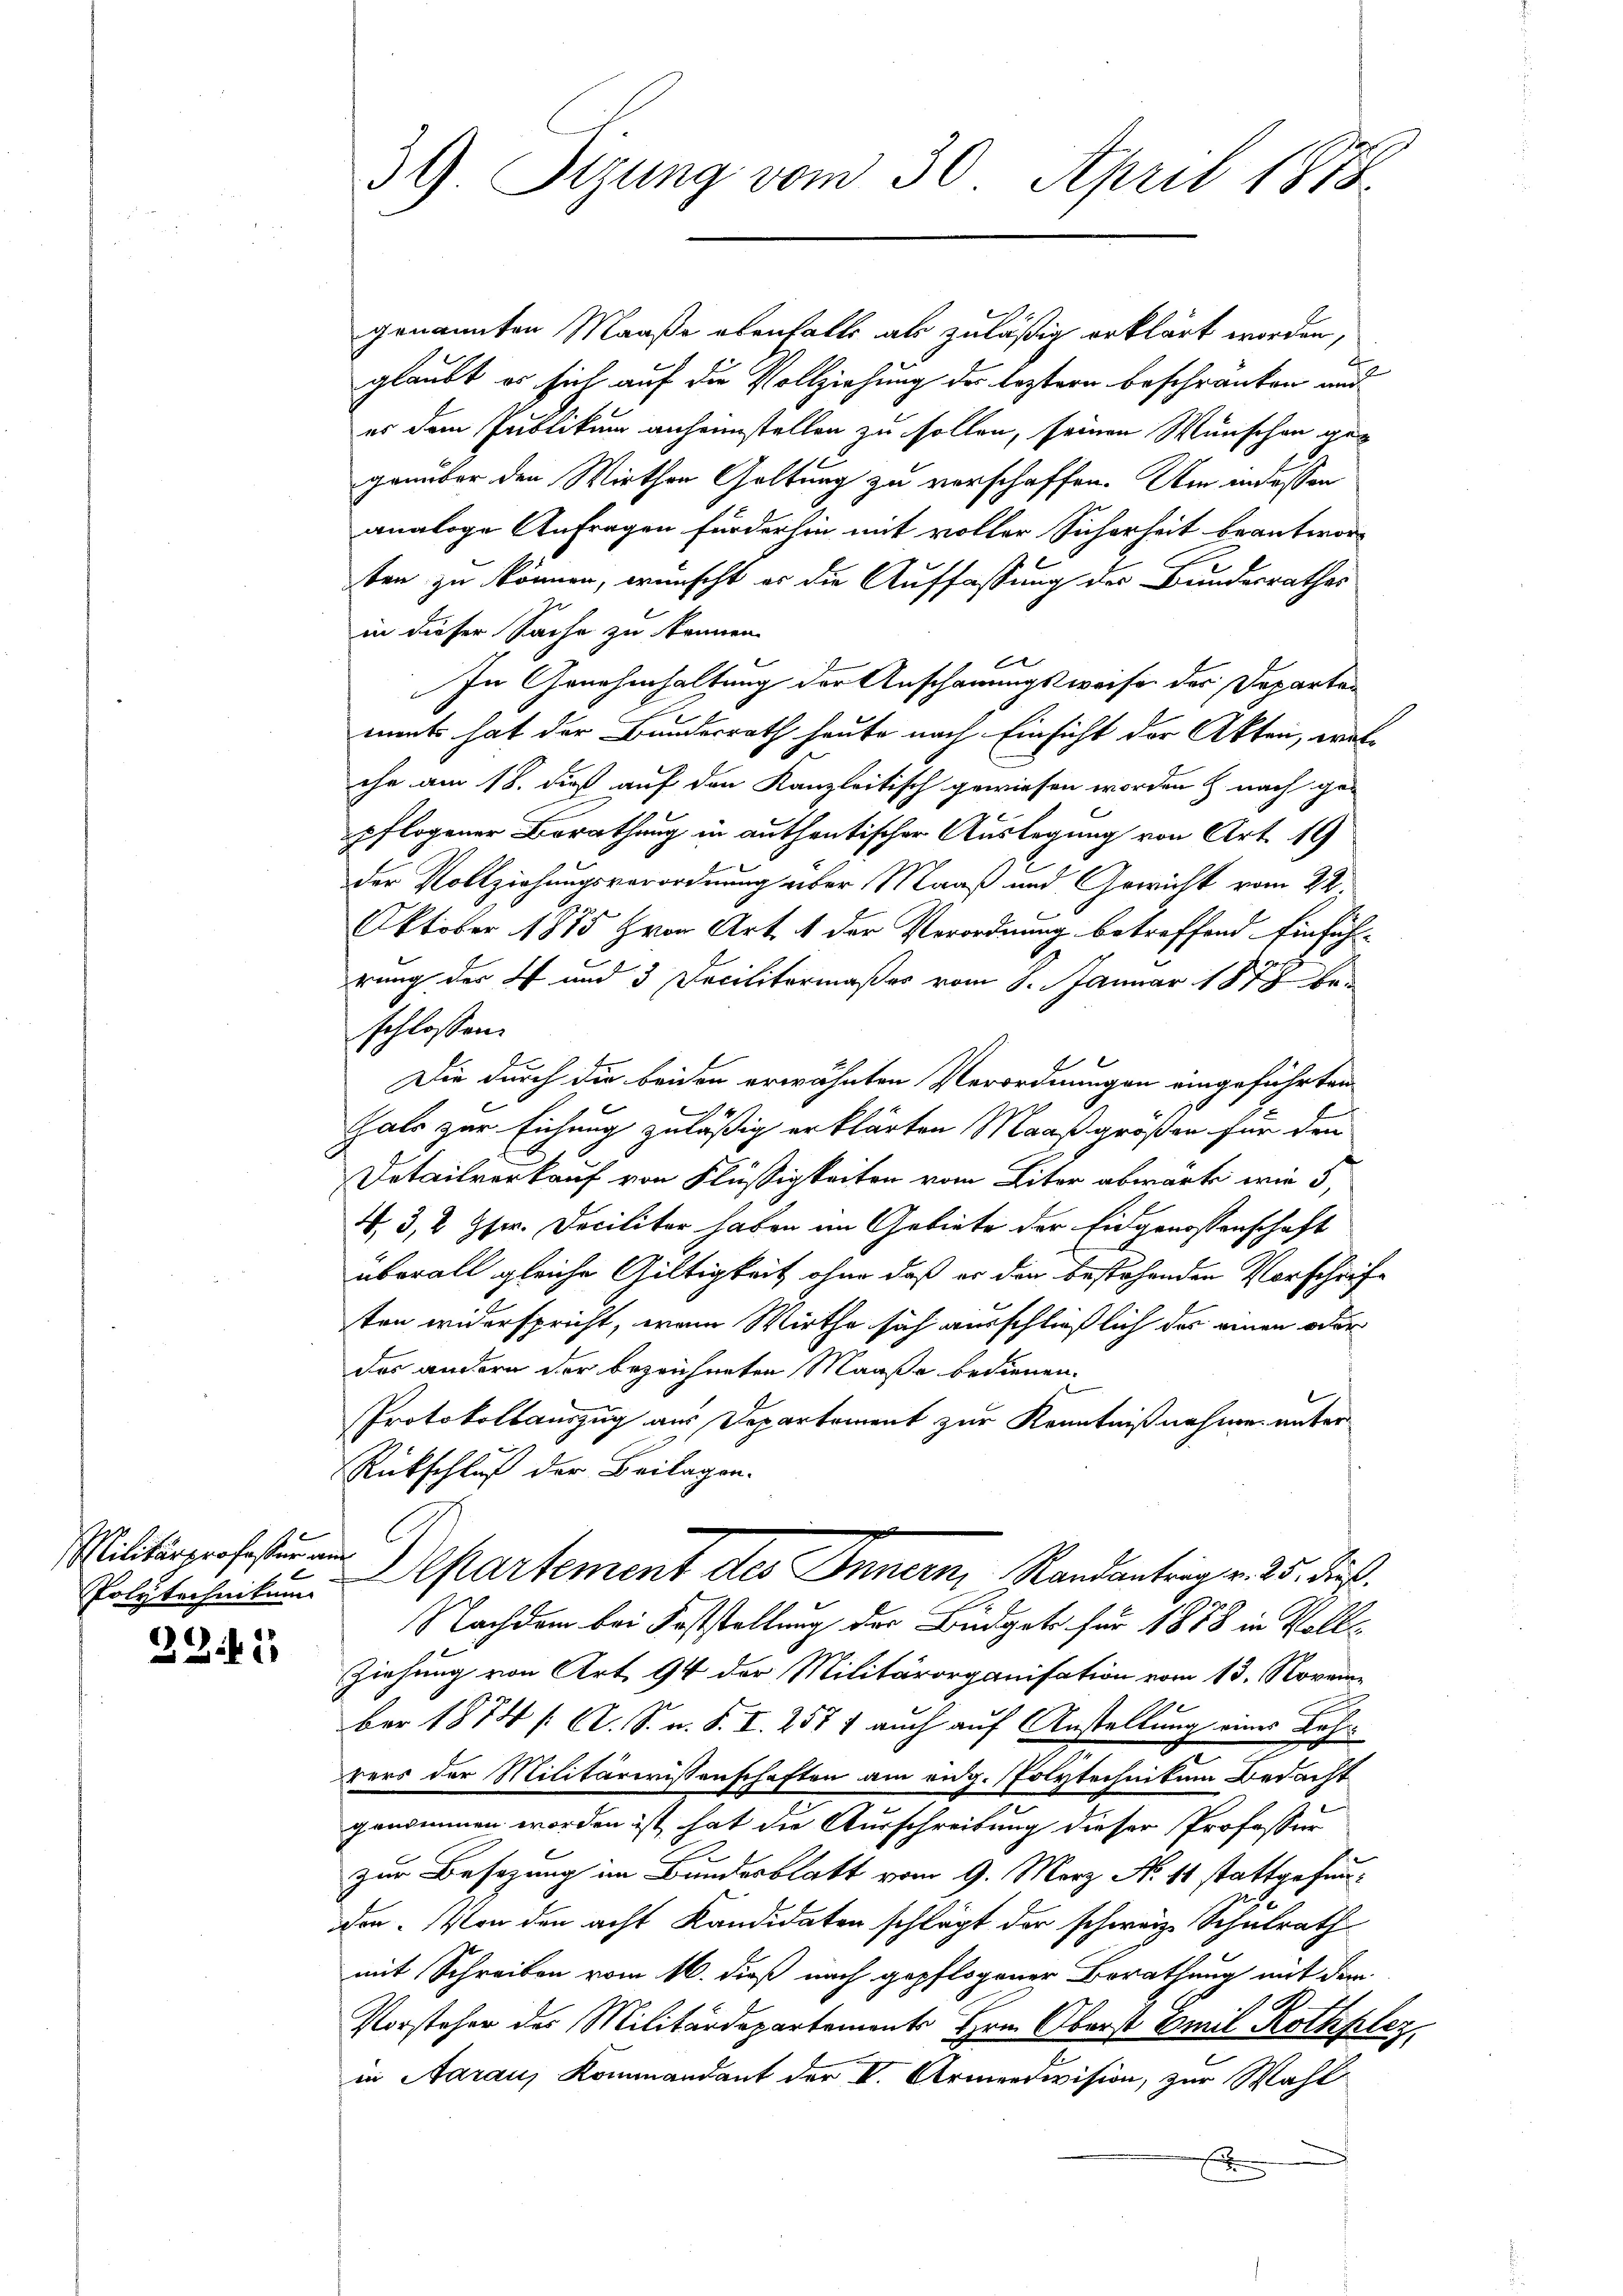
Militärprofester am

22.41

genannten Maaße ebenfalls als zuläßig erklärt worden,
glaubt er sich auf die Vollziehung der leztern beschränken und
er dem Publikum anheimstellen zu sollen, seinen Wünschen gegenüber den Wirthen Geltung zu verschaffen. Um in dessen
analoge Anfragen furderhin mit voller Sicherheit beantwor
ben zu können, wünscht es die Auffassung des Bundesrathes
in dieser Sache zu können.
b
In Genehmhaltung der Anschauungsweise der Departen
ments hat der Bundesrath heute nach Einsicht der Akten, wel-
che am 18. dieß auf den Kanzleitisch gewiesen worden h. nach ge-
pflogener Berathung in authentischer Auslegung von Art. 19
der Vollziehungsverordnung über Maaß und Gewicht vom 22.
Oktober 1875 von Art. 1 der Verordnung betreffend Einfüh-
rung der 4 und 3 Decilitermaßes vom 8. Januar 1878 beschlossen:
Die durch die beiden erwähnten Verordnungen eingeführten
4
Gals zur Eichung zuläßig erklärten Maaß größen für den
Detailverkauf von Flüssigkeiten vom Liter abwärte wie 5,
4, 3, 2 Gser. Decilitär haben im Gebiete der Eidgenossenschaft
überall gleiche Gültigkeit ohne daß er der bestehenden Vorschrift
ten widerspricht, wenn Wirthe sich ausschließlich der einen oder
das andern der bezeichneten Maaße bedienen.
Protokollauszug aus Departement zur Kenntnißnahme unter
Rückschluß der Beilagen.
Polytechnitt. partement des Innern Randantrag v. 25. dieß.
Nachdem bei Feststellung der Büdget für 1878 in Voll-
Ziehung von Art. 94 der Militärorganisation vom 13. Noveme
ber 1874 /: C. S. u. S. I. 257 f auch auf Anstellung eines Lehrrers der Militärwissenschaften am eidg. Polytechnikum bedacht
genommen worden ist, hat die Ausschreibung dieser Professor
zur Besizung im Bundesblatt vom 9. März No. 11 stattgefunden. Von den acht Kandidaten schlägt der schweiz. Schulrath
mit Schreiben vom 16. dieß nach gepflogener Berathung mit dem
Vorsteher des Militärdepartements Hrn. Oberst Emil Rothplez
in Aarau, Kommandant der VI. Armendivision, zur Wahl
x

39. Sizung vom 30. April 1878.